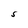
Character: S